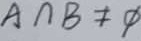
A \cap B \neq \phi